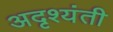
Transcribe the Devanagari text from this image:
अदृश्यंती